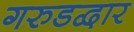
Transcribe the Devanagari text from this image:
गरुडद्वार